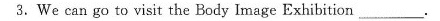
3.We can go to visit the Body Image Exhibition___